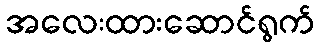
အလေးထားဆောင်ရွက်